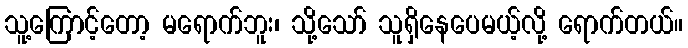
သူ့ကြောင့်တော့ မရောက်ဘူး၊ သို့သော် သူရှိနေပေမယ့်လို့ ရောက်တယ်။